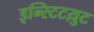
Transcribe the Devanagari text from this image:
इन्स्टिटय़ुट